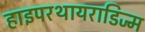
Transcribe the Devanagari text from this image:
हाइपरथायराडिज्म